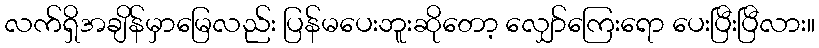
လက်ရှိအချိန်မှာမြေလည်း ပြန်မပေးဘူးဆိုတော့ လျှော်ကြေးရော ပေးပြီးပြီလား။